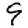
Digit: 9